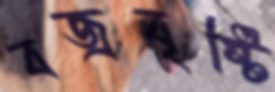
বজ্রবৃষ্টি